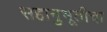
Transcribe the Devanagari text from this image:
सहानुभूतीचा